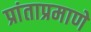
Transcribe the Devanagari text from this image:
प्रांताप्रमाणे